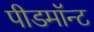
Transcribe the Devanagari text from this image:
पीडमॉन्ट